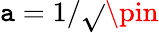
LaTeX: \mathtt{a}=1/\sqrt{}{{\pin}}